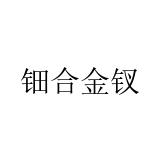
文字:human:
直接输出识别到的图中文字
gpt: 钿合金钗